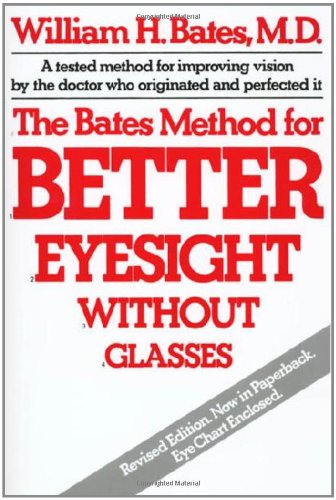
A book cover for The Bates Method for Better Eyesight Without Glasses; William H. Bates; Science & Math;